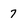
Character: 7